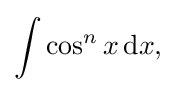
\int \cos ^{n}x\,{\text{d}}x,\,\!